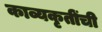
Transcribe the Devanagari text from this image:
काव्यकृतींची